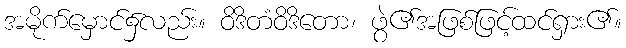
အမိုက်မှောင်၌လည်း။ ဝိဒိတံဝိဒိတော၊ ဖွဲ၏အဖြစ်ဖြင့်ထင်ရှား၏။